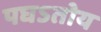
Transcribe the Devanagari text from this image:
पघऽतोय